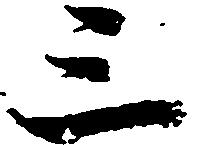
三